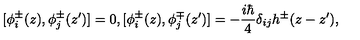
[ \phi _ { i } ^ { \pm } ( z ) , \phi _ { j } ^ { \pm } ( z ^ { \prime } ) ] = 0 , [ \phi _ { i } ^ { \pm } ( z ) , \phi _ { j } ^ { \mp } ( z ^ { \prime } ) ] = - \frac { i \hbar } { 4 } \delta _ { i j } h ^ { \pm } ( z - z ^ { \prime } ) ,